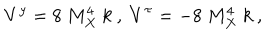
V ^ { y } = 8 ~ M _ { X } ^ { 4 } ~ k ~ , ~ V ^ { \tau } = - 8 ~ M _ { X } ^ { 4 } ~ k ~ , ~ \,